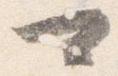
可